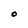
Character: O